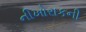
નીખોરાકની